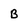
Character: B